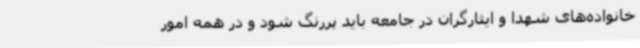
خانواده‌های شهدا و ایثارگران در جامعه باید پررنگ شود و در همه امور